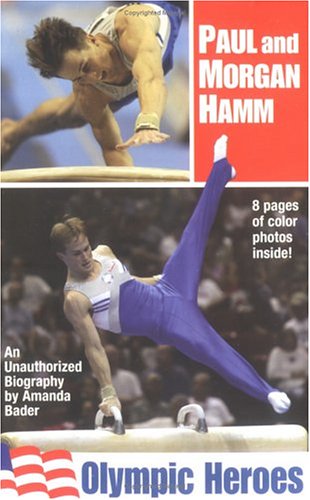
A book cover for Paul and Morgan Hamm: Olympic Heroes; Amanda Bader; Children's Books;